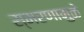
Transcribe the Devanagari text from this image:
स्‍मरणामुळे